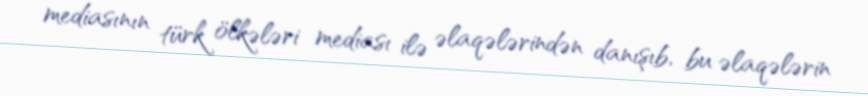
mediasının türk ölkələri mediası ilə əlaqələrindən danışıb, bu əlaqələrin